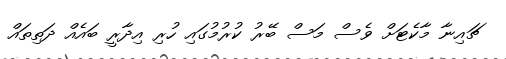
ޗައިނާ މާކެޓަށް ވެސް މަސް ބޭރު ކުރުމުގައި ހުރި އިދާރީ ބައެއް ދަތިތައް